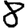
Digit: 8